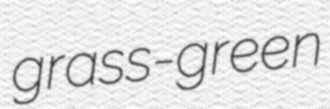
grass-green